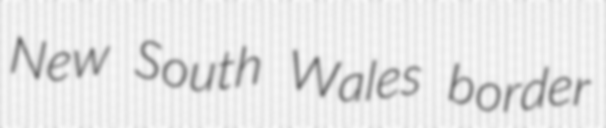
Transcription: New South Wales border